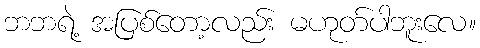
ဘဘရဲ့ အပြစ်တော့လည်း မဟုတ်ပါဘူးလေ။